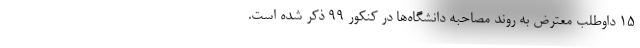
۱۵ داوطلب معترض به روند مصاحبه دانشگاه‌ها در کنکور ۹۹ ذکر شده است.